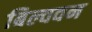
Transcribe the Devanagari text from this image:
बिल्ववन